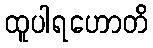
ထူပါရဟောတိ